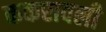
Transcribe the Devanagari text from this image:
ककरावली